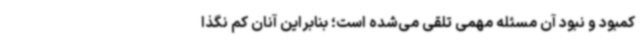
کمبود و نبود آن مسئله مهمی تلقی می‌شده است؛ بنابراین آنان کم نگذا